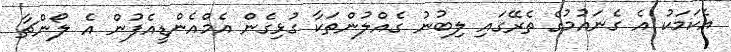
އެކަމަކު އެ ގެނައުމުގެ ތެރޭގައި ލިބުނު ގެއްލުންތަކާ ގުޅިގެން އެމްއެންޑީއެފުން އެ ލޯންޗާ